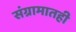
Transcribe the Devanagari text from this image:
संग्रामातही